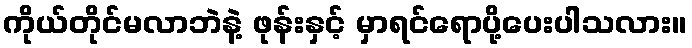
ကိုယ်တိုင်မလာဘဲနဲ့ ဖုန်းနှင့် မှာရင်ရောပို့ပေးပါသလား။